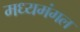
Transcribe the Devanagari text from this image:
मध्यमंगल